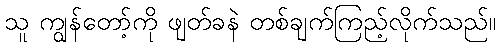
သူ ကျွန်တော့်ကို ဖျတ်ခနဲ တစ်ချက်ကြည့်လိုက်သည်။